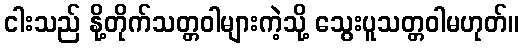
ငါးသည် နို့တိုက်သတ္တဝါများကဲ့သို့ သွေးပူသတ္တဝါမဟုတ်။